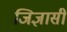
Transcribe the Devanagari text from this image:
जिज्ञासी